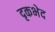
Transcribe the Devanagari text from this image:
दृकभेद